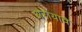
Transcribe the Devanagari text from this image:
अरोयावे